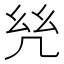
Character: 𢆻